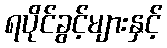
ရပိုင်ခွင့်များနှင့်